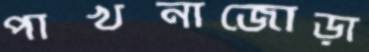
পাখনাজোড়া